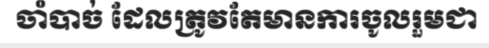
ចាំបាច់ ដែលត្រូវតែមានការចូលរួមជា